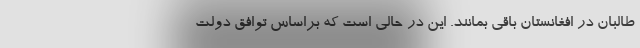
طالبان در افغانستان باقی بمانند. این در حالی است که براساس توافق دولت